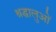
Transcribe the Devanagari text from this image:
श्रद्घालुओं